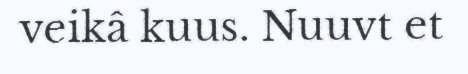
veikâ kuus. Nuuvt et